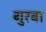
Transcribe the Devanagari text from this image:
गुरबा